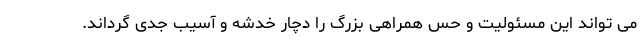
می تواند این مسئولیت و حس همراهی بزرگ را دچار خدشه و آسیب جدی گرداند.